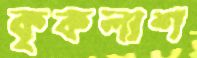
কৃকলাশ